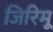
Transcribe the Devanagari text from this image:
जिरिमू